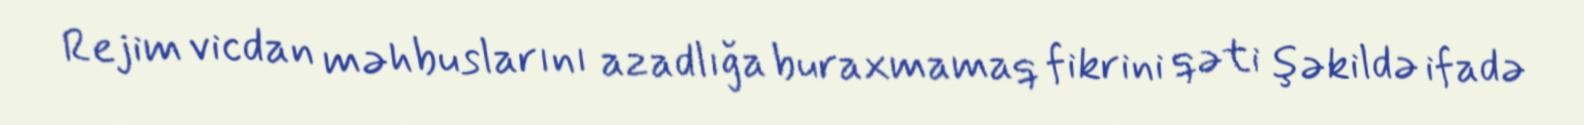
Rejim vicdan məhbuslarını azadlığa buraxmamaq fikrini qəti şəkildə ifadə